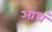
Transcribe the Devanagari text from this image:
आध्रं